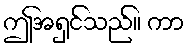
ဤအရှင်သည်။ ကာ